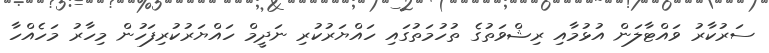
ސަރުކާރު ވައްޓާލަން އުޅުމާއި ރިޝްވަތުގެ ތުހުމަތުގައި ހައްޔަރުކުރި ނަދީމް ހައްޔަރުކުރިފަހުން މިހާރު މަހެއްހާ